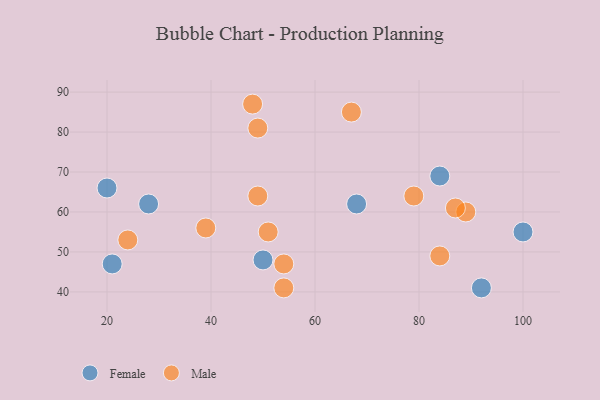
{"axis": {"x": "GDP", "y": "Life Expectancy"}, "legend": ["Female", "Male"], "data": [{"x": "92", "y": 41, "type": "Female"}, {"x": "20", "y": 66, "type": "Female"}, {"x": "84", "y": 69, "type": "Female"}, {"x": "21", "y": 47, "type": "Female"}, {"x": "68", "y": 62, "type": "Female"}, {"x": "50", "y": 48, "type": "Female"}, {"x": "100", "y": 55, "type": "Female"}, {"x": "28", "y": 62, "type": "Female"}, {"x": "24", "y": 53, "type": "Male"}, {"x": "54", "y": 47, "type": "Male"}, {"x": "39", "y": 56, "type": "Male"}, {"x": "54", "y": 41, "type": "Male"}, {"x": "51", "y": 55, "type": "Male"}, {"x": "49", "y": 81, "type": "Male"}, {"x": "79", "y": 64, "type": "Male"}, {"x": "89", "y": 60, "type": "Male"}, {"x": "49", "y": 64, "type": "Male"}, {"x": "48", "y": 87, "type": "Male"}, {"x": "87", "y": 61, "type": "Male"}, {"x": "67", "y": 85, "type": "Male"}, {"x": "84", "y": 49, "type": "Male"}]}